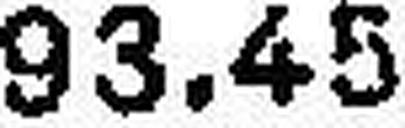
93.45